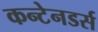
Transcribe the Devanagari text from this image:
कन्टेनडर्स